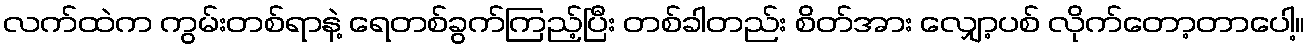
လက်ထဲက ကွမ်းတစ်ရာနဲ့ ရေတစ်ခွက်ကြည့်ပြီး တစ်ခါတည်း စိတ်အား လျှော့ပစ် လိုက်တော့တာပေါ့။